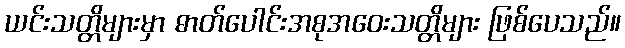
ယင်းသတ္တိများမှာ ဓာတ်ပေါင်းအစုအဝေးသတ္တိများ ဖြစ်ပေသည်။